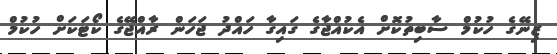
ޒިނޭގެ ހުކުމް ސާބިތުކޮށް އެކުއްޖާގެ ގައިގާ ހައްދު ޖަހަން ރާއްޖޭގެ ކޯޓަކަށް ހުކުމް